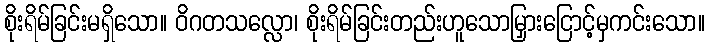
စိုးရိမ်ခြင်းမရှိသော။ ဝိဂတသလ္လော၊ စိုးရိမ်ခြင်းတည်းဟူသောမြှားငြောင့်မှကင်းသော။